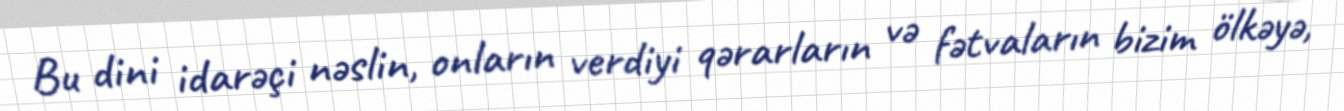
Bu dini idarəçi nəslin, onların verdiyi qərarların və fətvaların bizim ölkəyə,